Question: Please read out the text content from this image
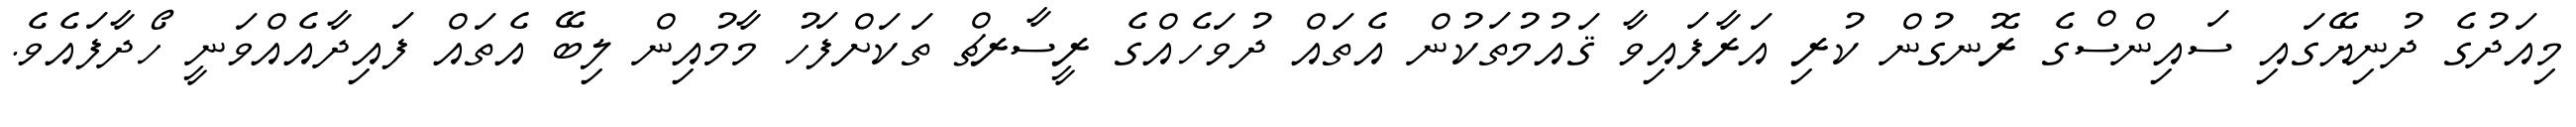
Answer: މިއަދުގެ ދުނިޔޭގައި ސައިންސްގެ ރޮނގުން ކުރި އަރާފައިވާ ޤައުމުތަކުން އެތައް ދުވަހެއްގެ ރީސާރޗް ތަކަށްފަހު މާމުއިން ލިބޭ އެތައް ފައިދާއެއްވަނީ ހޯދާފައެވެ.